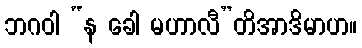
ဘဂဝါ “န ခေါ မဟာလီ”တိအာဒိမာဟ။